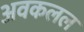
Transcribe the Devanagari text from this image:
अवकलल